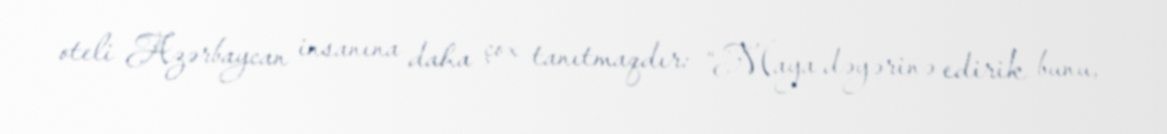
oteli Azərbaycan insanına daha çox tanıtmaqdır: “Maya dəyərinə edirik bunu,